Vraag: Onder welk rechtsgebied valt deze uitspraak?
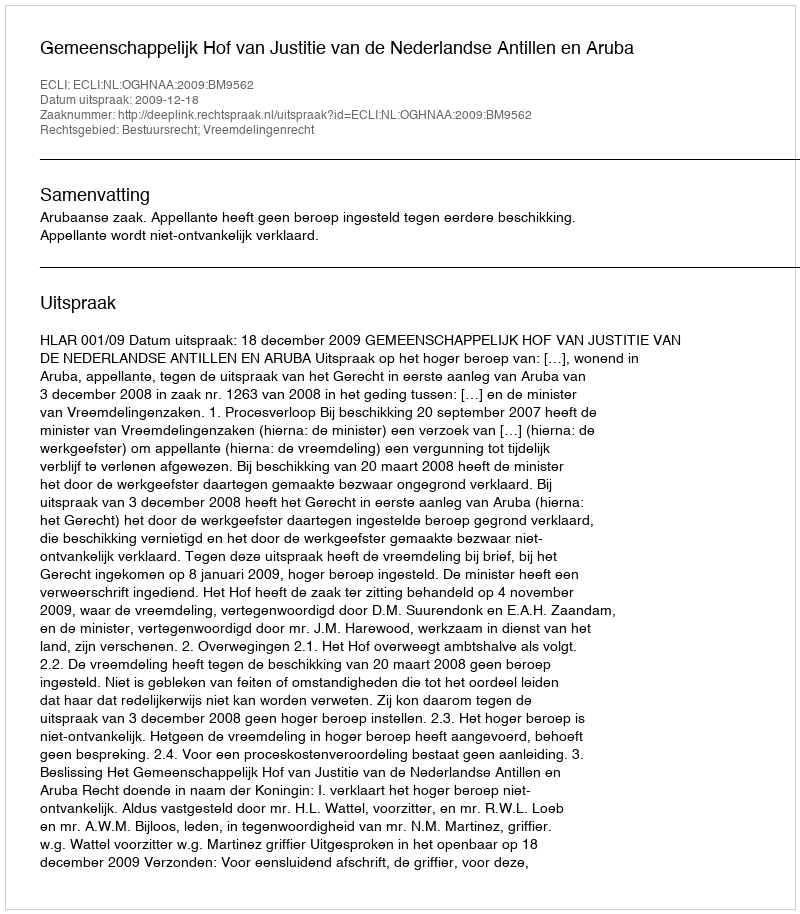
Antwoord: Bestuursrecht; Vreemdelingenrecht